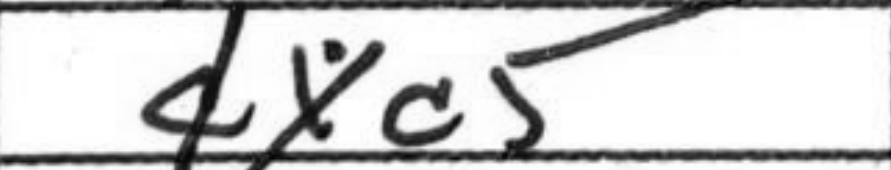
Transcription: dxc5